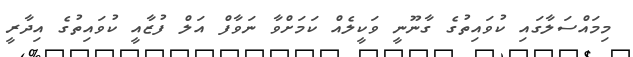
މިމައްސަލާގައި ކުވައިތުގެ ގާނޫނީ ވަކީލެއް ކަމަށްވާ ނަވާފް އަލް ފުޒާއީ ކުވައިތުގެ އިދާރީ